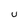
Character: U